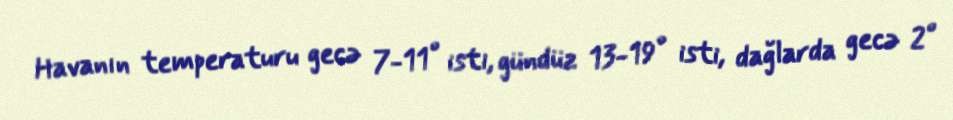
Havanın temperaturu gecə 7-11° isti, gündüz 13-19° isti, dağlarda gecə 2°